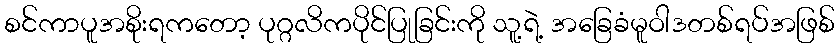
စင်ကာပူအစိုးရကတော့ ပုဂ္ဂလိကပိုင်ပြုခြင်းကို သူ့ရဲ့ အခြေခံမူဝါဒတစ်ရပ်အဖြစ်